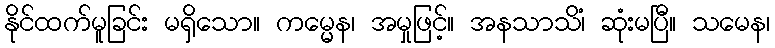
နိုင်ထက်မူခြင်း မရှိသော။ ကမ္မေန၊ အမှုဖြင့်။ အနသာသိံ၊ ဆုံးမပြီ။ သမေန၊